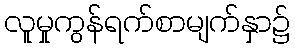
လူမှုကွန်ရက်စာမျက်နှာ၌